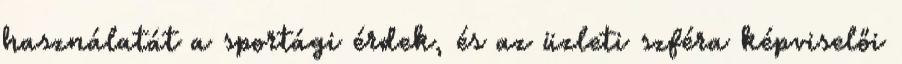
használatát a sportági érdek, és az üzleti szféra képviselői